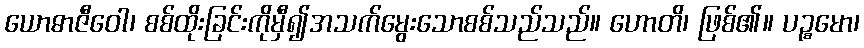
ယောဓာဇီဝေါ၊ စစ်ထိုးခြင်းကိုမှီ၍အသက်မွေးသောစစ်သည်သည်။ ဟောတိ၊ ဖြစ်၏။ ပဉ္စမော၊